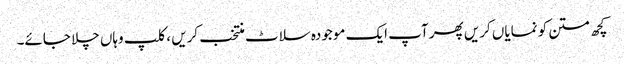
کچھ متن کو نمایاں کریں پھر آپ ایک موجودہ سلاٹ منتخب کریں ، کلپ وہاں چلا جائے۔